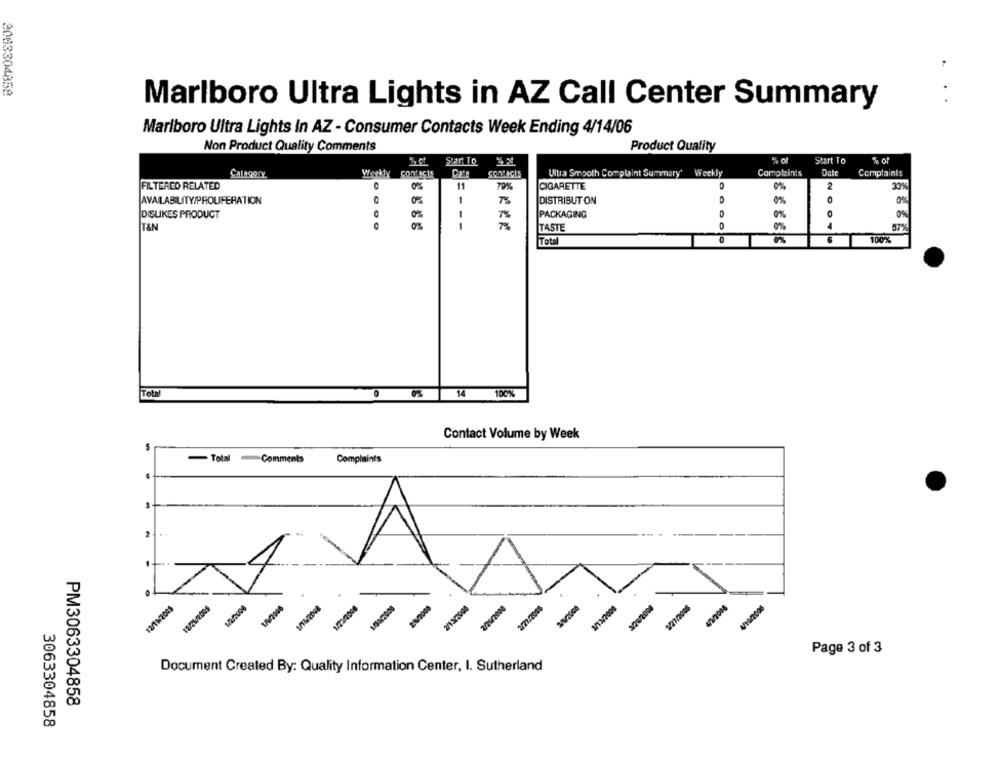
2003304858
Marlboro Ultra Lights in AZ Call Center Summary
Marlboro Ultra Lights In AZ - Consumer Contacts Week Ending 4/14/06
Non Product Quality Comments
Product Quality
% of
Start To
% of
Star To
Calagery
Weekly
CONLaCIE
Care
Ultra Smooth Complaint Summary' Weekly
Complaints
Date
Complaints
FILTERED RELATED
O
11
70%
CIGARETTE
2
AVAILABILITY/PROLIFERATION
DISTRIBUT ON
0%
DISLIKES PRODUCT
PACKAGING
0%
0%
IT&N
--
TASTE
0%
4
Total
100%
Total
14
Contact Volume by Week
Total Comments
Complaints
A
2/29/2008
12/1W2005
Page 3 of 3
Document Created By: Quality Information Center, I. Sutherland
PM3063304858
3063304858